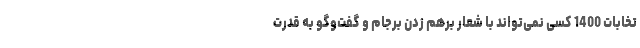
تخابات 1400 کسی نمی‌تواند با شعار برهم زدن برجام و گفت‌وگو به قدرت